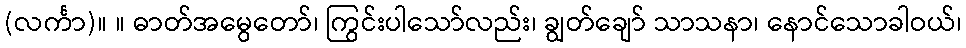
(လင်္ကာ)။ ။ ဓာတ်အမွေတော်၊ ကြွင်းပါသော်လည်း၊ ချွတ်ချော် သာသနာ၊ နောင်သောခါဝယ်၊